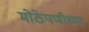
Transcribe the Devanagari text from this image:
मोठेपणीच्या